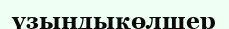
үзындықөлшер